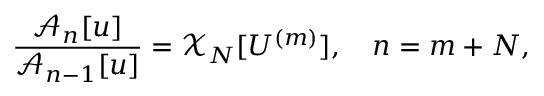
\frac { \mathcal { A } _ { n } [ u ] } { \mathcal { A } _ { n - 1 } [ u ] } = \mathcal { X } _ { N } [ U ^ { ( m ) } ] , \quad n = m + N ,